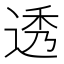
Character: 透